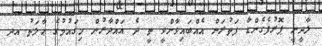
ލާދީނީ ޕޮރުފެގެންޑާ ފަތުރަން އެއްބައިވާންވީ ތީ ދެ ޣައްދާރުން މިގައުމުގެ ޙާލަތު އދ